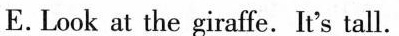
E.Look at the giraffe.It's tall.